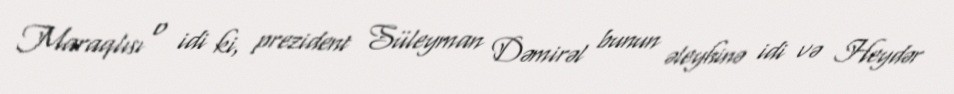
Maraqlısı o idi ki, prezident Süleyman Dəmirəl bunun əleyhinə idi və Heydər